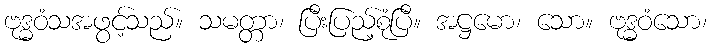
ဗုဒ္ဓဝံသအဖွင့်သည်။ သမတ္တာ၊ ပြီးပြည့်စုံပြီ။ အဋ္ဌမော၊ သော။ ဗုဒ္ဓဝံသော၊